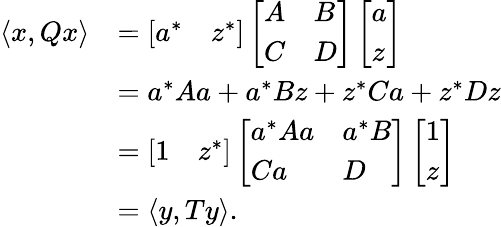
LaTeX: \begin{array}{rl}{\langle x,Qx\rangle}&{=\left[\begin{array}{ll}{a^{*}}&{z^{*}}\end{array}\right]\left[\begin{array}{ll}{A}&{B}\\ {C}&{D}\end{array}\right]\left[\begin{array}{l}{a}\\ {z}\end{array}\right]}\\ &{=a^{*}Aa+a^{*}Bz+z^{*}Ca+z^{*}Dz}\\ &{=\left[\begin{array}{ll}{1}&{z^{*}}\end{array}\right]\left[\begin{array}{ll}{a^{*}Aa}&{a^{*}B}\\ {Ca}&{D}\end{array}\right]\left[\begin{array}{l}{1}\\ {z}\end{array}\right]}\\ &{=\langle y,Ty\rangle.}\end{array}